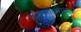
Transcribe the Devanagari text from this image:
प्रक्रियाकारांसाठी